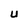
Character: U